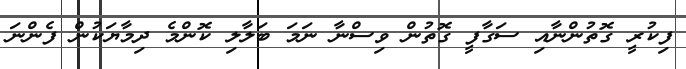
ފިކުރީ ގޮތުންނާއި ސަގާފީ ގޮތުން ވިސްނާ ނަމަ ބަލާލި ކޮންމެ ދިމާޔަކުން ފެންނަ